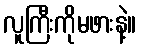
လူကြီးကိုမဖားနဲ့။